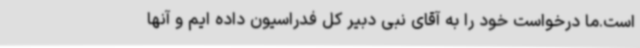
است.ما درخواست خود را به آقای نبی دبیر کل فدراسیون داده ایم و آنها